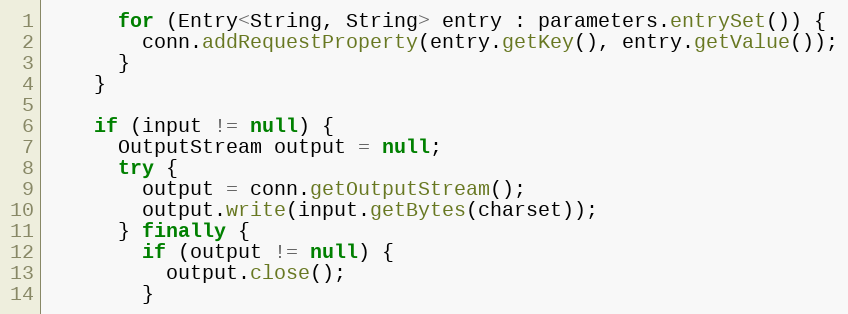
Language: Java
      for (Entry<String, String> entry : parameters.entrySet()) {
        conn.addRequestProperty(entry.getKey(), entry.getValue());
      }
    }

    if (input != null) {
      OutputStream output = null;
      try {
        output = conn.getOutputStream();
        output.write(input.getBytes(charset));
      } finally {
        if (output != null) {
          output.close();
        }